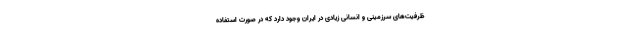
ظرفیت‌های سرزمینی و انسانی زیادی در ایران وجود دارد که در صورت استفاده